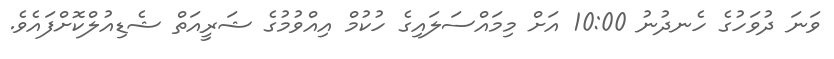
ވަނަ ދުވަހުގެ ހެނދުނު 10:00 އަށް މިމައްސަލައިގެ ހުކުމް އިއްވުމުގެ ޝަރީއަތް ޝެޑިއުލްކޮށްފައެވެ.